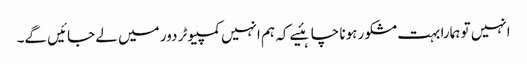
انہیں تو ہمارا بہت مشکور ہونا چاہئیے کہ ہم انہیں کمپیوٹر دور میں لے جائیں گے۔